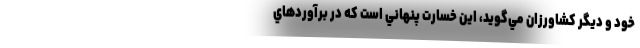
خود و ديگر كشاورزان مي‌گويد، اين خسارت پنهاني است كه در برآوردهاي